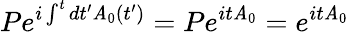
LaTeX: Pe^{i\int^{t}dt^{\prime}\mathit{A}_{0}(t^{\prime})}=Pe^{it\mathit{A}_{0}}=e^{it\mathit{A}_{0}}